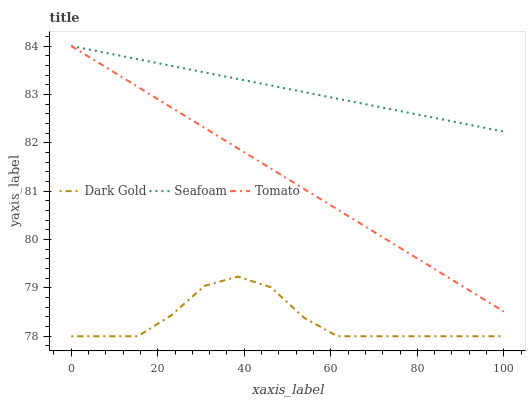
| xaxis_label | Dark Gold | Seafoam | Tomato |
 | --- | --- | --- | --- |
 | 0 | 78 | 84 | 84 |
 | 7.69 | 78 | 83.9 | 83.6 |
 | 15.4 | 78 | 83.7 | 83.2 |
 | 23.1 | 78.4 | 83.6 | 82.7 |
 | 30.8 | 79 | 83.5 | 82.3 |
 | 38.5 | 79.2 | 83.3 | 81.9 |
 | 46.2 | 79 | 83.2 | 81.5 |
 | 53.8 | 78.4 | 83 | 81 |
 | 61.5 | 78 | 82.9 | 80.6 |
 | 69.2 | 78 | 82.8 | 80.2 |
 | 76.9 | 78 | 82.6 | 79.8 |
 | 84.6 | 78 | 82.5 | 79.4 |
 | 92.3 | 78 | 82.4 | 78.9 |
 | 100 | 78 | 82.2 | 78.5 |